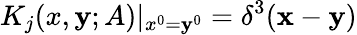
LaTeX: K_{j}(x,\mathbf{y};A)|_{x^{0}=\mathbf{y}^{0}}=\delta^{3}({\mathbf{x}}-{\mathbf{\mathbf{y}}})